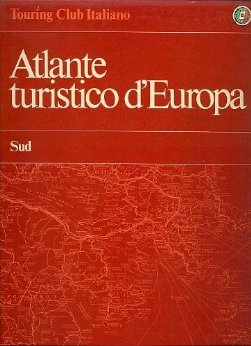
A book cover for Atlante Turistico d'Europa: Sud (Albania, Andorra, Bulgaria, Cipro, Citta del Vaticano, Grecia, Italia, Iugoslavia, Malta, Portogallo, Romania, San Marino, Spagna, Turchia) (Italian Edition); Touring Club Italiano; Travel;